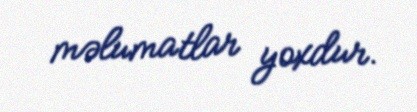
məlumatlar yoxdur.